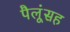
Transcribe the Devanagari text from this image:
पैलूंसह